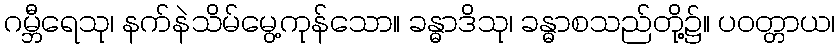
ဂမ္ဘီရေသု၊ နက်နဲသိမ်မွေ့ကုန်သော။ ခန္ဓာဒိသု၊ ခန္ဓာစသည်တို့၌။ ပဝတ္တာယ၊